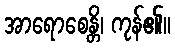
အာရောစေန္တိ၊ ကုန်၏။